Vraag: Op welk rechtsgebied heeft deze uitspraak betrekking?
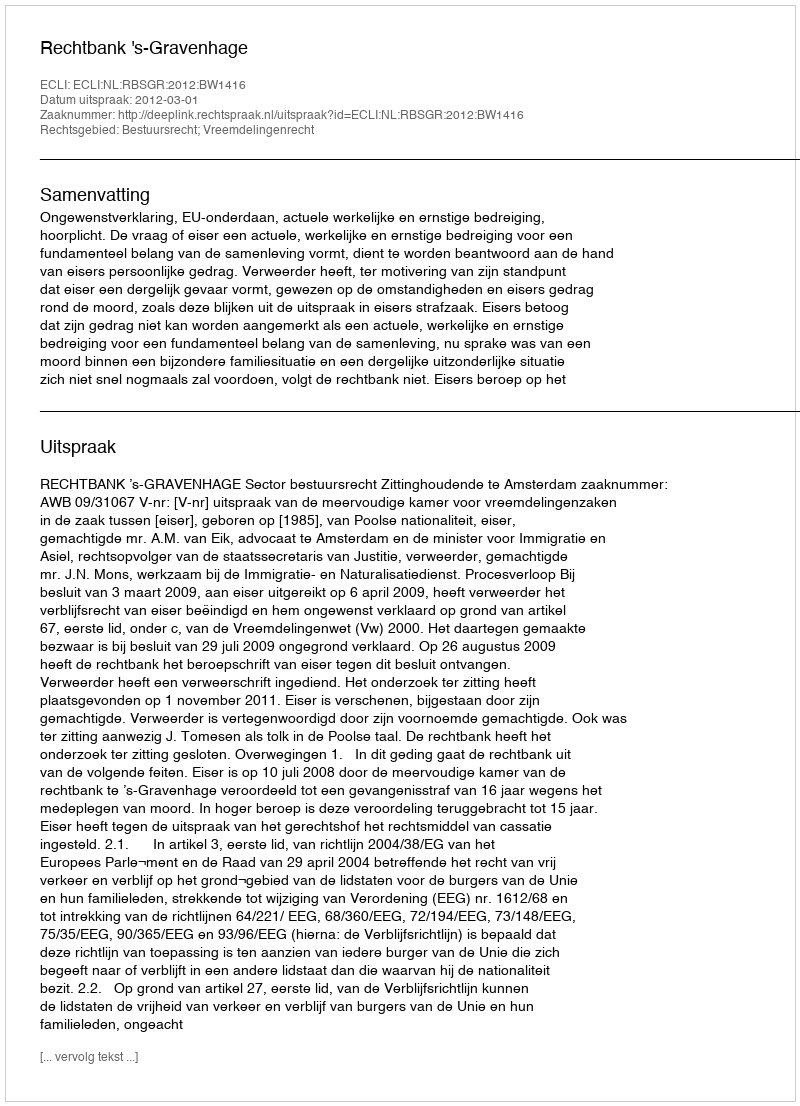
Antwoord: Bestuursrecht; Vreemdelingenrecht